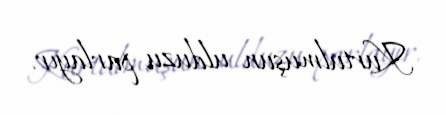
Kurtulmuşun ulduzu parlayır.